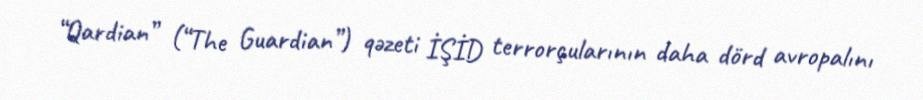
“Qardian” (“The Guardian”) qəzeti İŞİD terrorçularının daha dörd avropalını